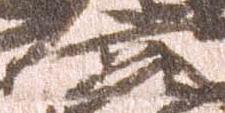
宮